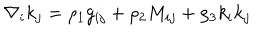
LaTeX: \nabla _ { i } k _ { j } = \rho _ { 1 } g _ { i j } + \rho _ { 2 } M _ { i j } + \rho _ { 3 } k _ { i } k _ { j }